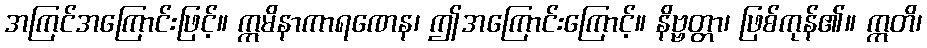
အကြင်အကြောင်းဖြင့်။ ဣမိနာကာရဏေန၊ ဤအကြောင်းကြောင့်။ နိဗ္ဗတ္တာ၊ ဖြစ်ကုန်၏။ ဣတိ၊